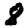
Digit: 8